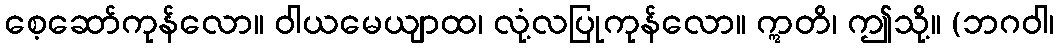
စေ့ဆော်ကုန်လော။ ဝါယမေယျာထ၊ လုံ့လပြုကုန်လော။ ဣတိ၊ ဤသို့။ (ဘဂဝါ၊